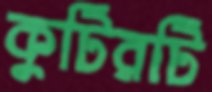
কুটিরটি